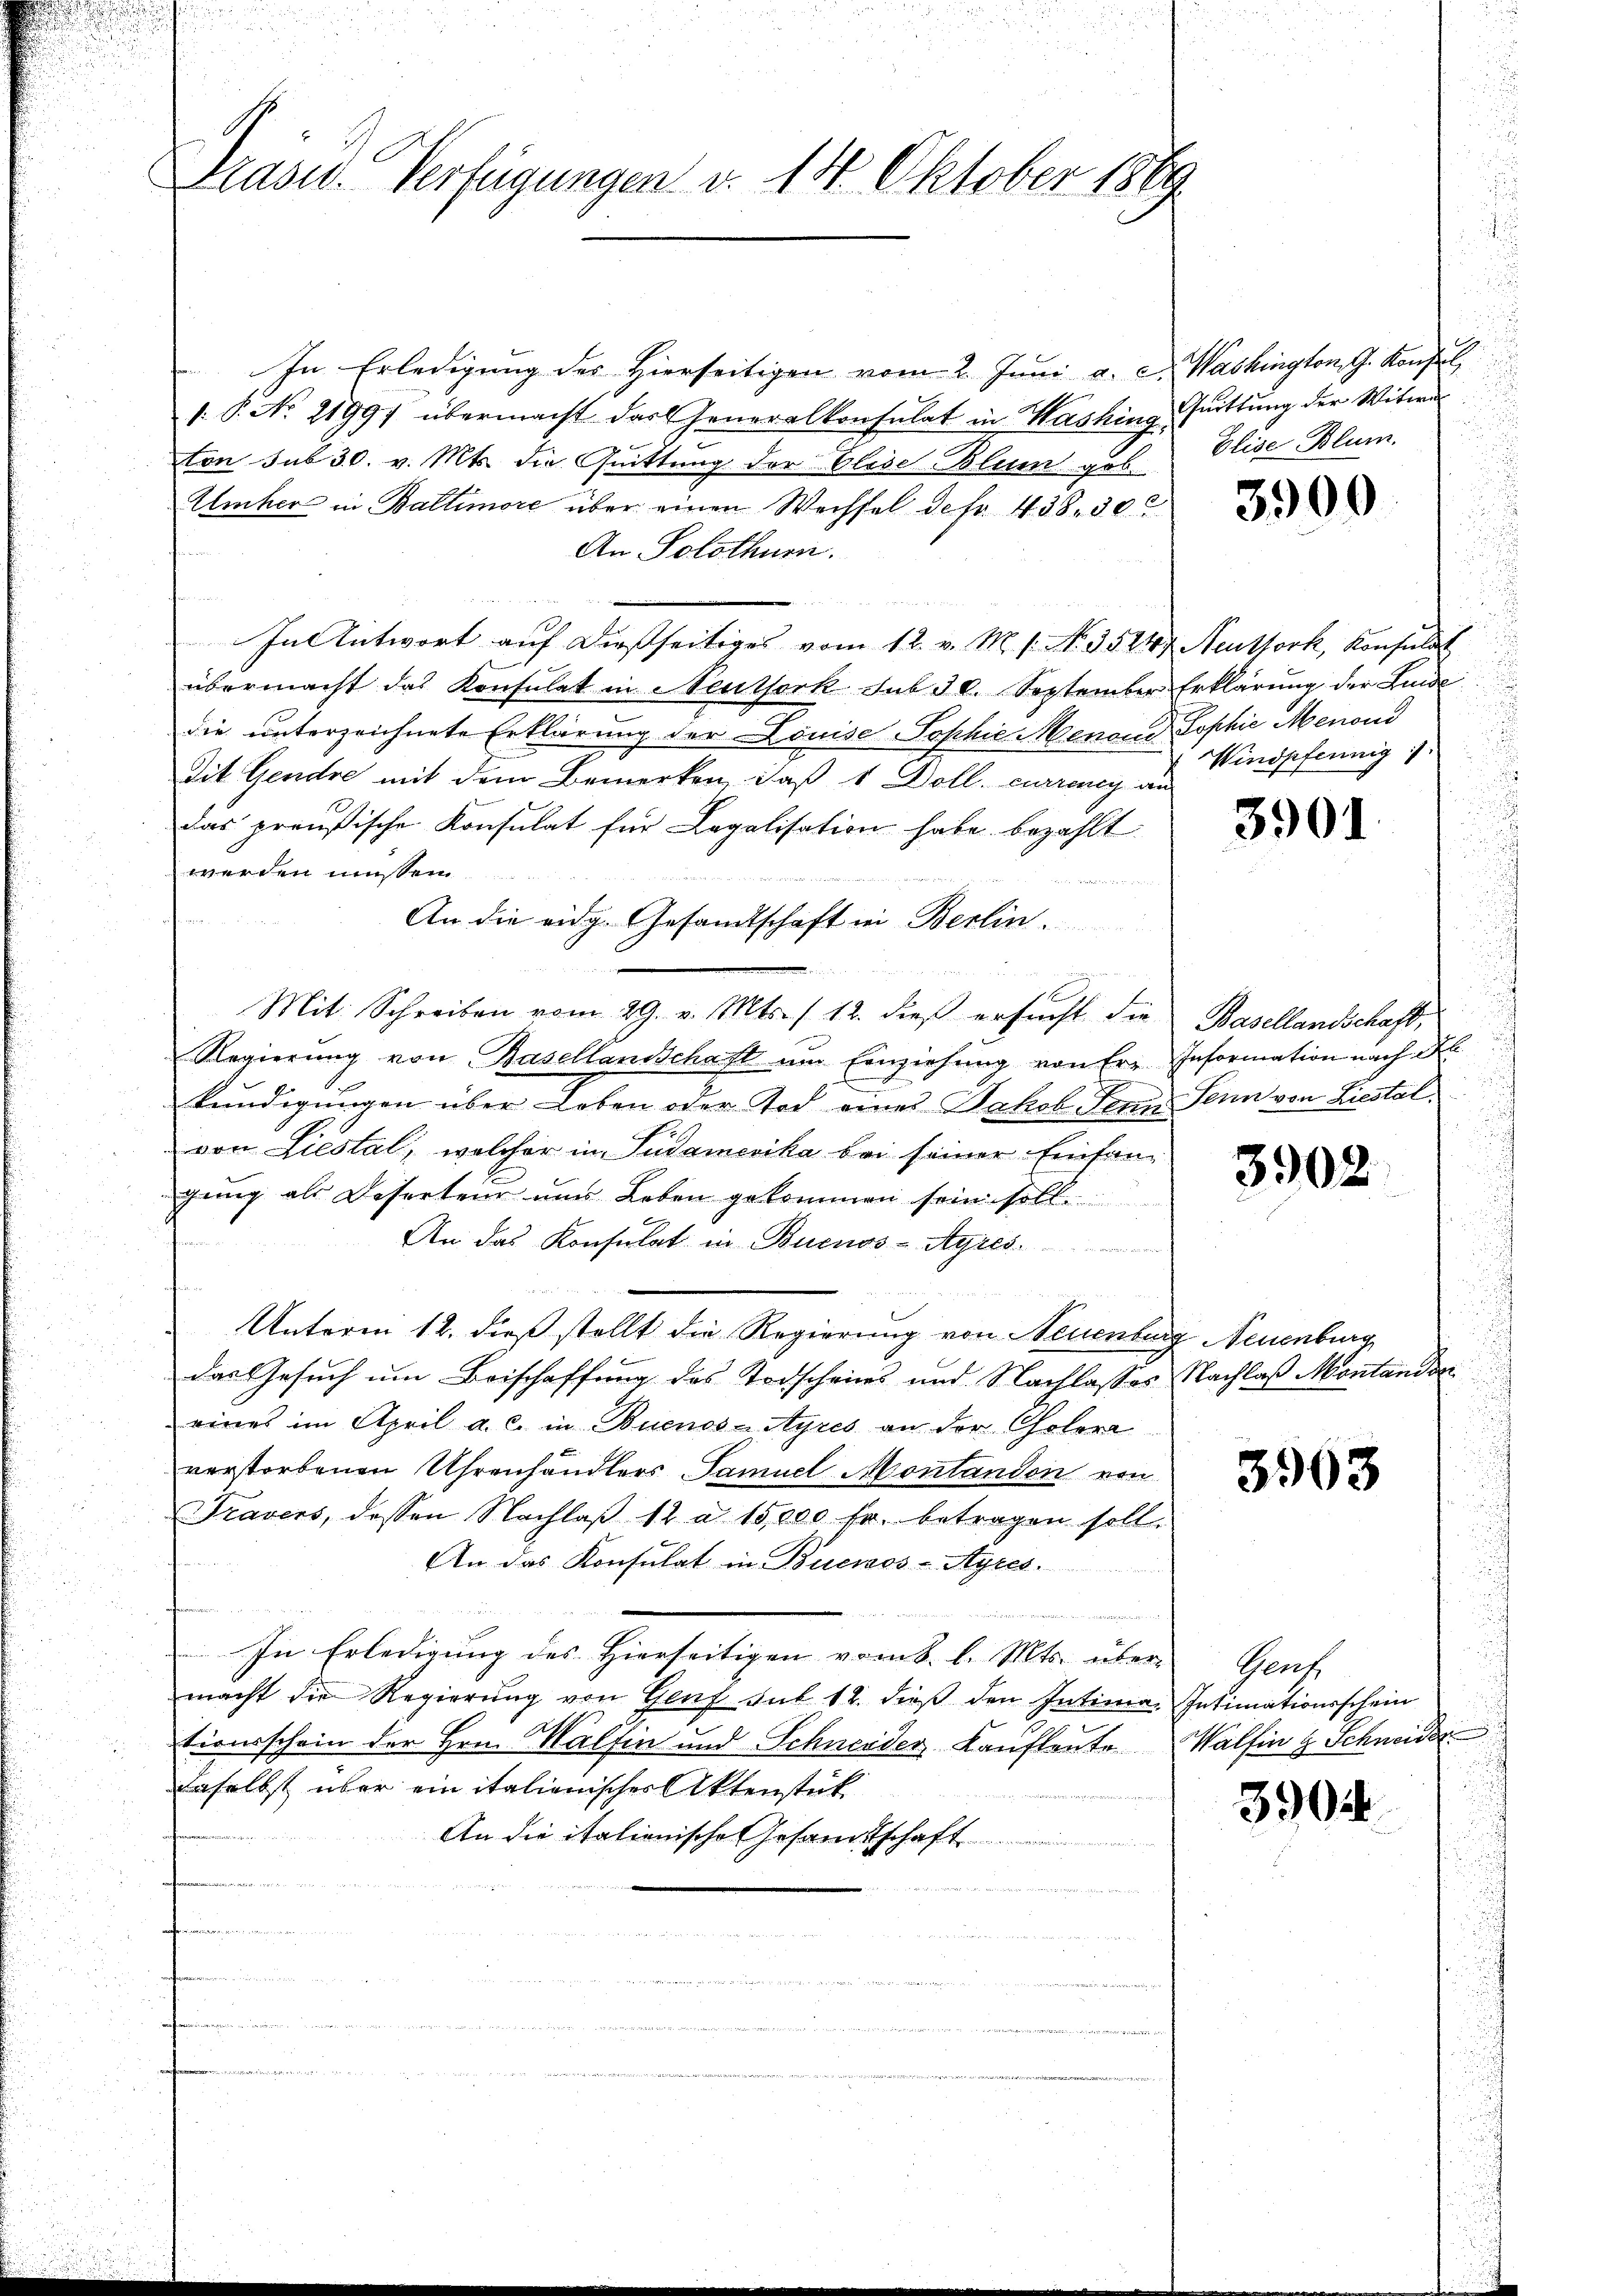
Krasw. Verfügungen v. 18. Oktober 1869.

In Erledigung des Hierseitigen vom 2. Juni a. c. Washington, G. Konfl
1: P. No. 21991 übermacht das Generalkonsulat in Washing Quittung der Witwe
ton sub 30. v. Mts. die Quittung der Elise-Blum geb.
Umher in Baltimore über einen Wechsel defr. 438. 30
An Solothurn.

In Antwort auf dießseitiges vom 12. v. M. s. No. 3524, Neuthork, Konsulat
übermacht das Konsulat in Meuthork sub 30. September Erklärung der Luide
die unterzeichnete Erklärung der Louise Sophie Menoud Sophie Menoud
dit. Gendre mit dem Bemerken, daß 1 Doll. currency an
das preußische Konsulat für Legalisation habe bezahlt
werden müssen
  22

An die eidg. Gesandtschaft in Berlin.

Mit Schreiben vom 29. v. Mts. /12. dieß ersŭcht die Basellandschaft,
Regierŭng von Basellandschaft um Einziehung von Erz Information nach Al.
kündigungen über Leben oder Tod eines Jakob Senn Senn von Liestalvon Liestal, welcher in Pudamerika bei seiner Einfangung als Deserten und Leben gekommen sein soll.
ire,
An das Konsulat in Buenos-Ayres
Unterm 12. dieß stellt die Regierung von Neuenburg Neuenburg
das Gesuch um Beischaffung des Todscheins und Nachlasses Nachlaß Montandsc
eines im April a. c. in Buenos-Ayres an der Cholera
verstorbenen Uhrenhändlers Samuel Montandon von
Travers, dessen Nachlaß 12 u. 15,000 fr. betragen soll.
An das Konsulat in Buenos-Ayres.
egen den den sei einen der
In Erledigung des Hierseitigen vom 8. l. Mts. über Genf
macht die Regierŭng von Genf mit 12. dieβ den Intima. Intimationsschein
tionsschein der Hrn. Walfen und Schneider, Kaufleute Walfing Schneider
daselbst über ein italienischer Aktenstück
An die italienische Gesandtschaft
e
achen angen den und

Elise Blum.

3900

Windpfennig

3901

.

3902

3963

3904